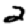
Digit: 2